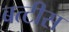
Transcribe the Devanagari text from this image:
बत्टीस